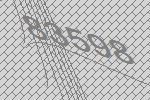
83598